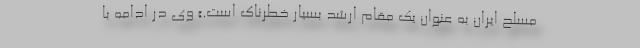
مسلح ایران به عنوان یک مقام ارشد بسیار خطرناک است.» وی در ادامه با